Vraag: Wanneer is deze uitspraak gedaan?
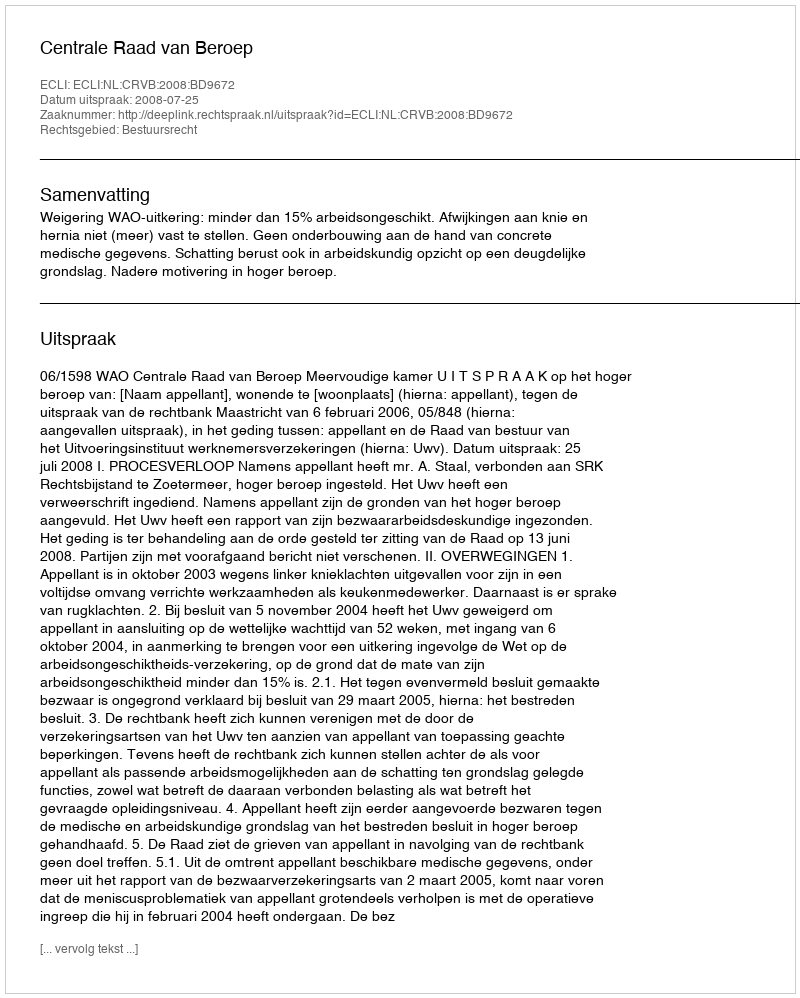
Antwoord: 2008-07-25